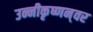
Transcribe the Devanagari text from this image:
उन्नीकृष्णन्‌वर